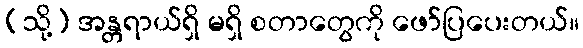
(သို့) အန္တရာယ်ရှိ မရှိ စတာတွေကို ဖော်ပြပေးတယ်။